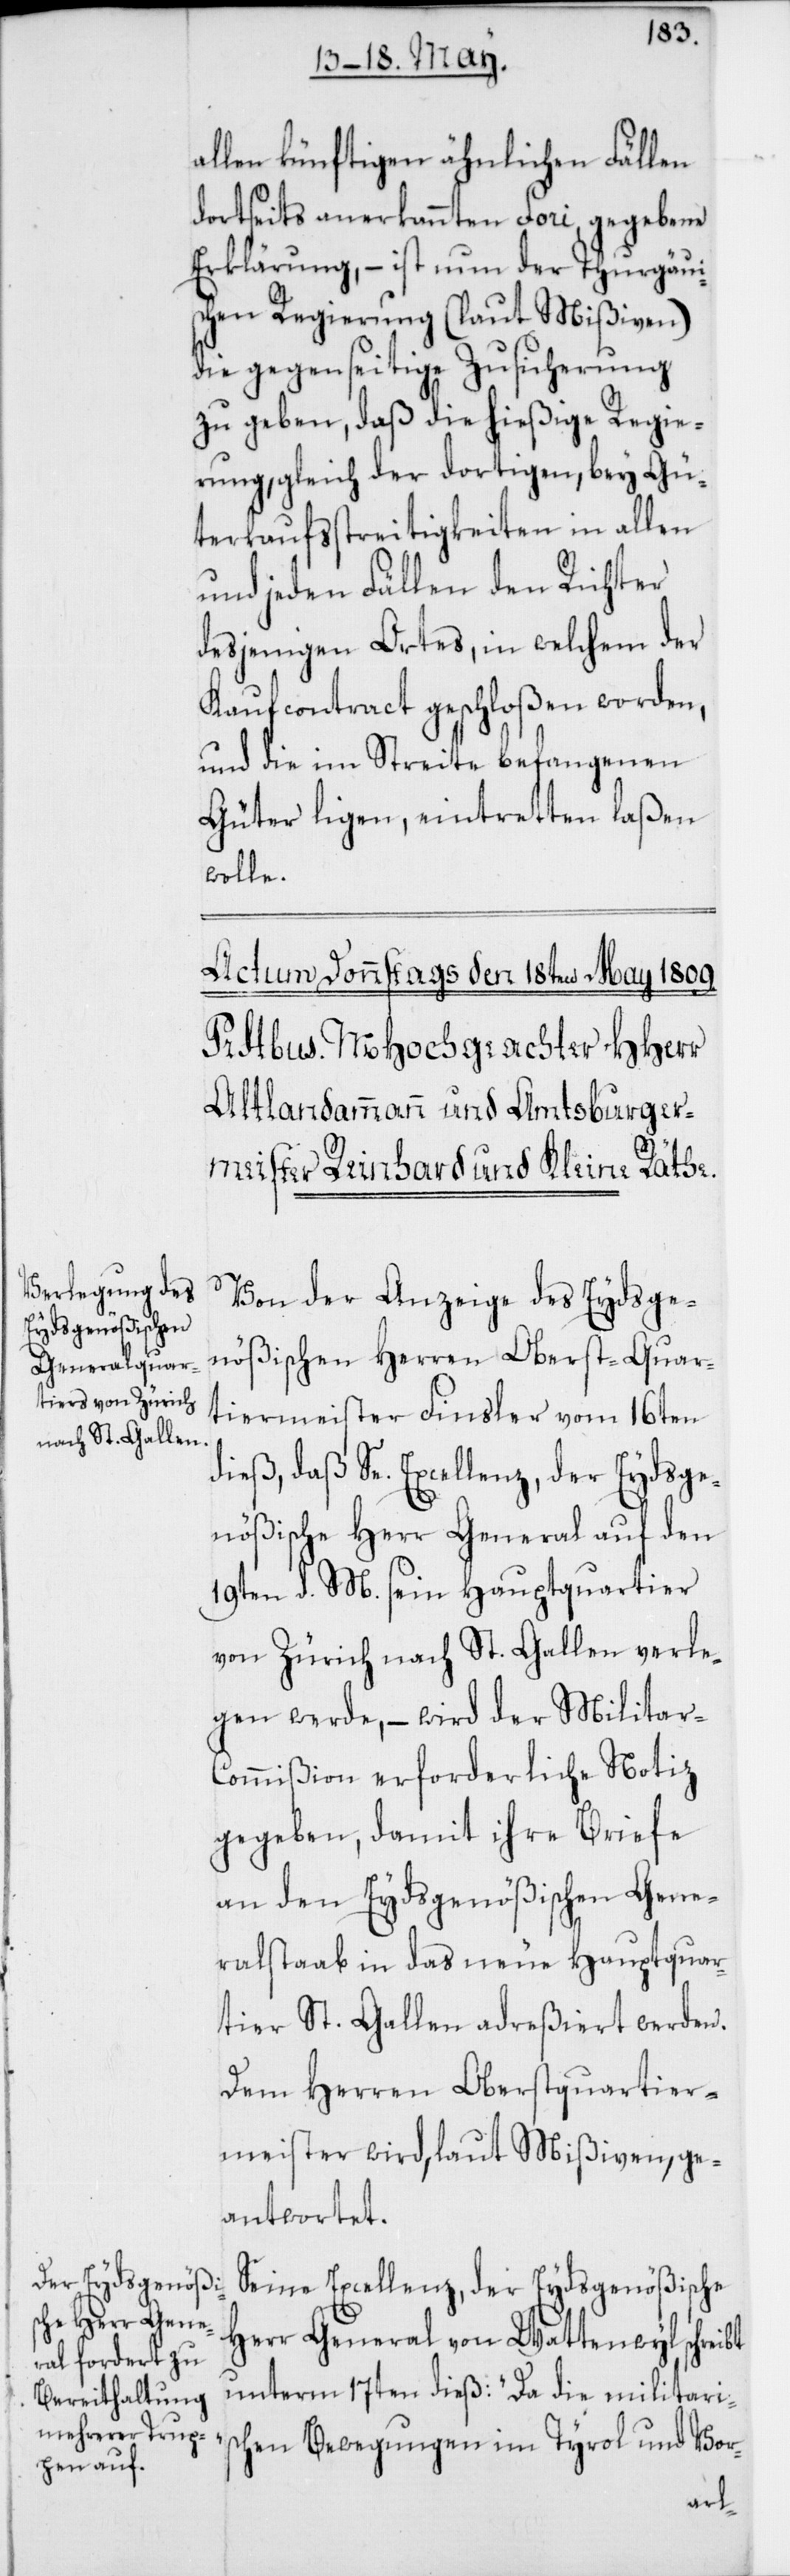
allen künftigen ähnlichen Fällen
dortseits anerkannten Fori, gegebene
Erklärung, – ist nun der Thurgaui¬
schen Regierung (laut Mißiven)
die gegenseitige Zusicherung
zu geben, daß die hießige Regie¬
rung, gleich der dortigen, bey Gü¬
terkaufsstreitigkeiten in allen
und jeden fällen den Richter
desjenigen Ortes, in welchem der
Kaufcontract geschloßen worden,
und die im Streite befangenen
Güter ligen, eintretten laßen
wolle.
Von der Anzeige des Eydsge¬
nößischen Herren Oberst-Quar¬
tiermeister Finsler vom 16ten
dieß, daß Se. Excellenz, der Eydsge¬
nößische Herr General auf den
19ten d. M. sein Hauptquartier
von Zürich nach St. Gallen verle¬
gen werde, – wird der Miltar-C¬
ommißion erforderliche Notiz
gegeben, damit ihre Briefe
an den Eydsgenößischen Gene¬
ralstaab in das neue Hauptquar¬
tier St. Gallen adreßiert werden.
Dem Herren Oberstquartier¬
meister wird, laut Mißiven, ge¬
antwortet.
Seine Excellenz, der Eydsgenößische
Herr General von Wattenwyl schreibt
unterm 17ten dieß: „Da die militaris¬
chen Bewegungen im Tyrol und Vor-